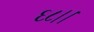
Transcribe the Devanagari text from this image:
६८।।